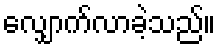
လျှောက်လာခဲ့သည်။